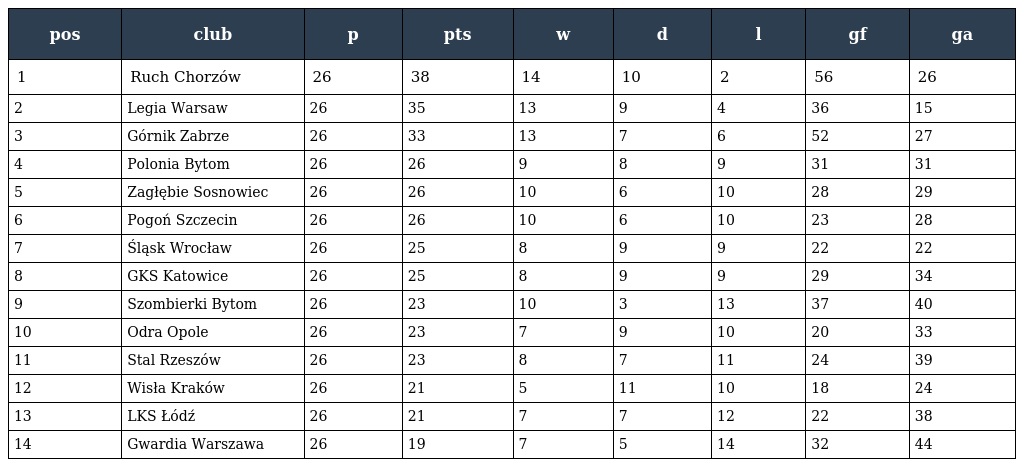
| pos | club | p | pts | w | d | l | gf | ga |
 | --- | --- | --- | --- | --- | --- | --- | --- | --- |
 | 1 | Ruch Chorzów | 26 | 38 | 14 | 10 | 2 | 56 | 26 |
 | 2 | Legia Warsaw | 26 | 35 | 13 | 9 | 4 | 36 | 15 |
 | 3 | Górnik Zabrze | 26 | 33 | 13 | 7 | 6 | 52 | 27 |
 | 4 | Polonia Bytom | 26 | 26 | 9 | 8 | 9 | 31 | 31 |
 | 5 | Zagłębie Sosnowiec | 26 | 26 | 10 | 6 | 10 | 28 | 29 |
 | 6 | Pogoń Szczecin | 26 | 26 | 10 | 6 | 10 | 23 | 28 |
 | 7 | Śląsk Wrocław | 26 | 25 | 8 | 9 | 9 | 22 | 22 |
 | 8 | GKS Katowice | 26 | 25 | 8 | 9 | 9 | 29 | 34 |
 | 9 | Szombierki Bytom | 26 | 23 | 10 | 3 | 13 | 37 | 40 |
 | 10 | Odra Opole | 26 | 23 | 7 | 9 | 10 | 20 | 33 |
 | 11 | Stal Rzeszów | 26 | 23 | 8 | 7 | 11 | 24 | 39 |
 | 12 | Wisła Kraków | 26 | 21 | 5 | 11 | 10 | 18 | 24 |
 | 13 | LKS Łódź | 26 | 21 | 7 | 7 | 12 | 22 | 38 |
 | 14 | Gwardia Warszawa | 26 | 19 | 7 | 5 | 14 | 32 | 44 |